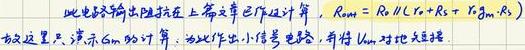
此电路输出阻抗在上章节已作过计算，$R_{out}=R_{3}\parallel (r_{o}+R_{S}+r_{gm}\cdot R_{3})$。故这里只演示$G_{m}$的计算，为此作出小信号电路，并将$V_{in}$对地短接。